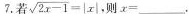
7.若 $$\sqrt { 2 x - 1 } = | x |$$ 则$$x = ___$$。